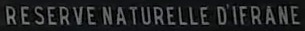
RESERVE-NATURELLE-D'IF